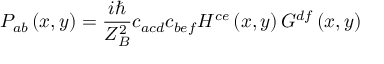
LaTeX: P _ { a b } \left( x , y \right) = \frac { i \hbar } { Z _ { B } ^ { 2 } } c _ { a c d } c _ { b e f } H ^ { c e } \left( x , y \right) G ^ { d f } \left( x , y \right)